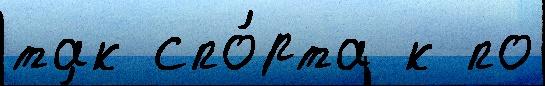
так спо́рта к по